Election expenses, 1925, 1925
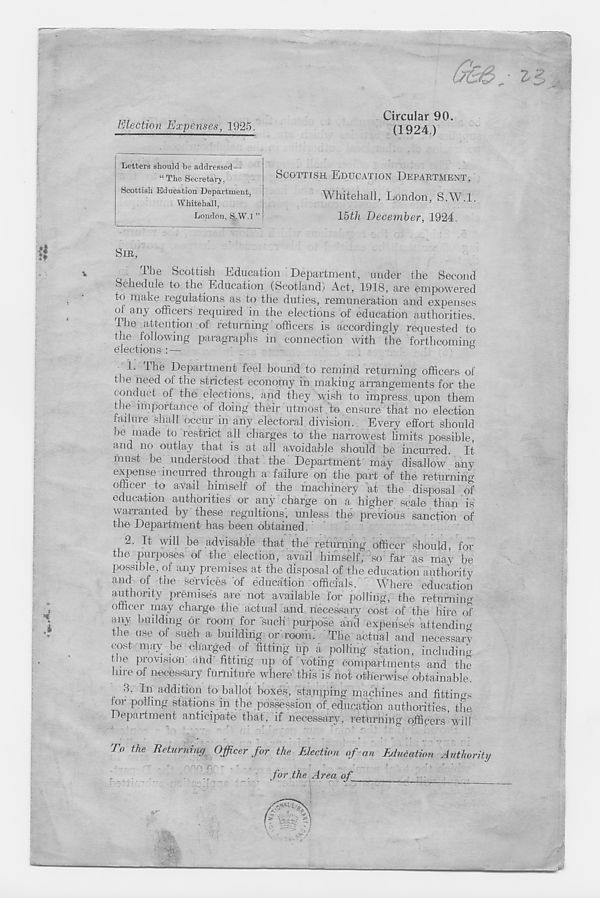
Election Expenses, 1925.
Circular 90.
(1924.)
Letters should be addressed—
“ The Secretary,
Scottish Education Department,
Whitehall,
London, S.W.l
SCOTTISH EDUCATION DEPARTMENT,
Whitehall, London, S.W.l.
15th December, 1924.
The Scottish Education Department, under the Second
Schedule to the Education (Scotland) Act, 1918, are empowered
to make regulations as to the duties, remuneration and expenses
ol any officers required in the elections of education authorities,
ihe attention ot returning officers is accordingly requested to
the following paragraphs in connection with the forthcoming
!• ^l e Department feel bound to remind returning officers of
the need of the strictest economy in making arrangements for the
conduct of the elections, and they wish to impress upon them
t ie importance of doing their utmost to ensure that no election
failure shall occur in any electoral division. Every effort should
be made to restrict all charges to the nanowest limits possible,
and no outlay that is at all avoidable should be incurred. It
nmst be understood that the Department may disallow any
expense incurred through a failure on the part of the returning
officer to avail himself of the machinery at the disposal of
education authorities or any charge on a higher scale than is
warranted by these regultions, unless the previous sanction of
the Department has been obtained.
2. It will be advisable that the returning officer should, for
the purposes of the election, avail himself, so far as may be
possible, of any premises at the disposal of the education authority
and of the services of education officials.
Where education
authority premises are not available for polling, the retumiim
officer may charge the actual and necessary cost of the hire <5
any budding or room for such purpose and expenses attending
the use of such a building or room. The actual and necessary
cost may be charged of fitting up a polling station, including
the provision ;ind fitting up of voting compartments and the
hire of necessary furniture where this is not otherwise obtainable.
•h In addition to ballot boxes, stamping machines and fittings
for polling stations in the possession of education authorities the
Department anticipate that, if necessary, returning officers’will
To the Returning Officer for the Election of an Education Authority
for the Area of